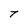
Character: T